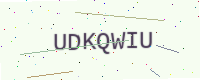
Text: UDKQWIU